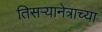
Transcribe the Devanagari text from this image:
तिसऱ्यानेत्राच्या